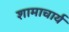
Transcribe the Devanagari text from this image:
शामाचार्य